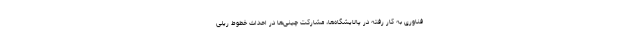
فناوری به کار رفته در پالایشگاه‌ها، مشارکت چینی‌ها در احداث خطوط ریلی